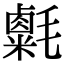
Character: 𣰮